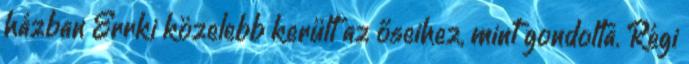
házban Errki közelebb került az őseihez, mint gondolta. Régi